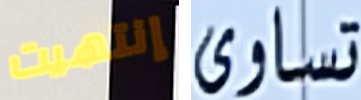
إنتهيت تساوى